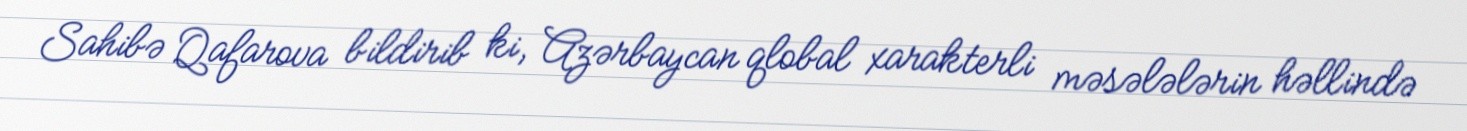
Sahibə Qafarova bildirib ki, Azərbaycan qlobal xarakterli məsələlərin həllində